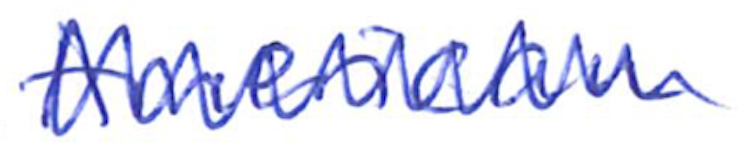
Text: American
Cross-out: mix
Writing tool: ballpoint